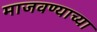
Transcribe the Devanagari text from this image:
माजवण्याच्या